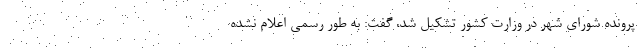
پرونده شورای شهر در وزارت کشور تشکیل شد، گفت: به طور رسمی اعلام نشده